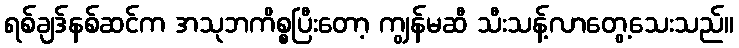
ရစ်ချဒ်နစ်ဆင်က အသုဘကိစ္စပြီးတော့ ကျွန်မဆီ သီးသန့်လာတွေ့သေးသည်။